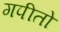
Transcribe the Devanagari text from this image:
गपीतो